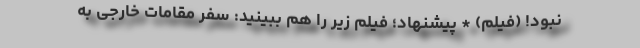
نبود! (فیلم) * پیشنهاد؛ فیلم‌ زیر را هم ببینید: سفر مقامات خارجی به